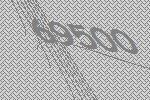
69500